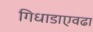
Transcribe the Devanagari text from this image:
गिधाडाएवढा